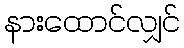
နားထောင်လျှင်